Scientific memoirs by medical officers of the Army of India - Part X,
Year: 1897
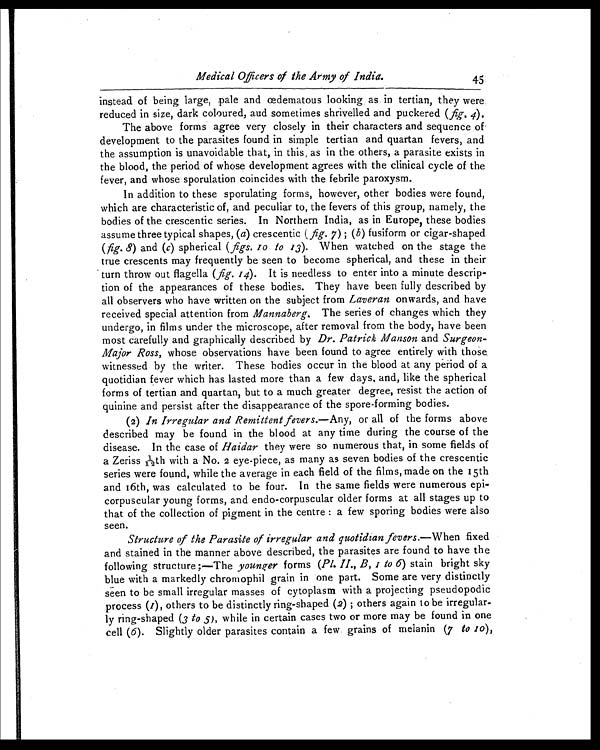
Medical Officers of the Army of India.
45
instead of being large, pale and œdematous looking as in tertian, they were
reduced in size, dark coloured, and sometimes shrivelled and puckered ( fig. 4).
The above forms agree very closely in their characters and sequence of
development to the parasites found in simple tertian and quartan fevers, and
the assumption is unavoidable that, in this, as in the others, a parasite exists in
the blood, the period of whose development agrees with the clinical cycle of the
fever, and whose sporulation coincides with the febrile paroxysm.
In addition to these sporulating forms, however, other bodies were found,
which are characteristic of, and peculiar to, the fevers of this group, namely, the
bodies of the crescentic series. In Northern India, as in Europe, these bodies
assume three typical shapes, ( a) crescentic ( fig. 7 ); ( b ) fusiform or cigar-shaped
( fig. 8) and ( c) spherical ( figs. 10 to 13 ). When watched on the stage the
true crescents may frequently be seen to become spherical, and these in their
turn throw out flagella ( fig. 14). It is needless to enter into a minute descrip-
tion of the appearances of these bodies. They have been fully described by
all observers who have written on the subject from Laveran onwards, and have
received special attention from Mannaberg. The series of changes which they
undergo, in films under the microscope, after removal from the body, have been
most carefully and graphically described by Dr. Patrick Manson and Surgeon-
Major Ross, whose observations have been found to agree entirely with those,
witnessed by the writer. These bodies occur in the blood at any period of a
quotidian fever which has lasted more than a few days. and, like the spherical
forms of tertian and quartan, but to a much greater degree, resist the action of
quinine and persist after the disappearance of the spore-forming bodies.
(2) In Irregular and Remittent fevers.—Any, or all of the forms above
described may be found in the blood at any time during the course of the
disease. In the case of Haidar they were so numerous that, in some fields of
a Z e r i s s 1 / 1 2 t h w i t h a N o . 2 e y e - p i e c e , a s m a n y a s s e v e n b o d i e s o f t h e c r e s c e n t i c
series were found, while the average in each field of the films, made on the 15th
and 16th, was calculated to be four. In the same fields were numerous epi-
corpuscular young forms, and endo-corpuscular older forms at all stages up to
that of the collection of pigment in the centre a few sporing bodies were also
seen.
Structure of the Parasite of irregular and quotidian fevers. —When fixed
and stained in the manner above described, the parasites are found to have the
following structure :—The younger forms ( Pl. II., B, 1 to 6) stain bright sky
blue with a markedly chromophil grain in one part. Some are very distinctly
seen to be small irregular masses of cytoplasm with a projecting pseudopodic
process (1 ), others to be distinctly ring-shaped (2) ; others again to be irregular-
ly ring-shaped (3 to 5), while in certain cases two or more may be found in one
cell (6). Slightly older parasites contain a few grains of melanin ( 7 to 10 ) ,